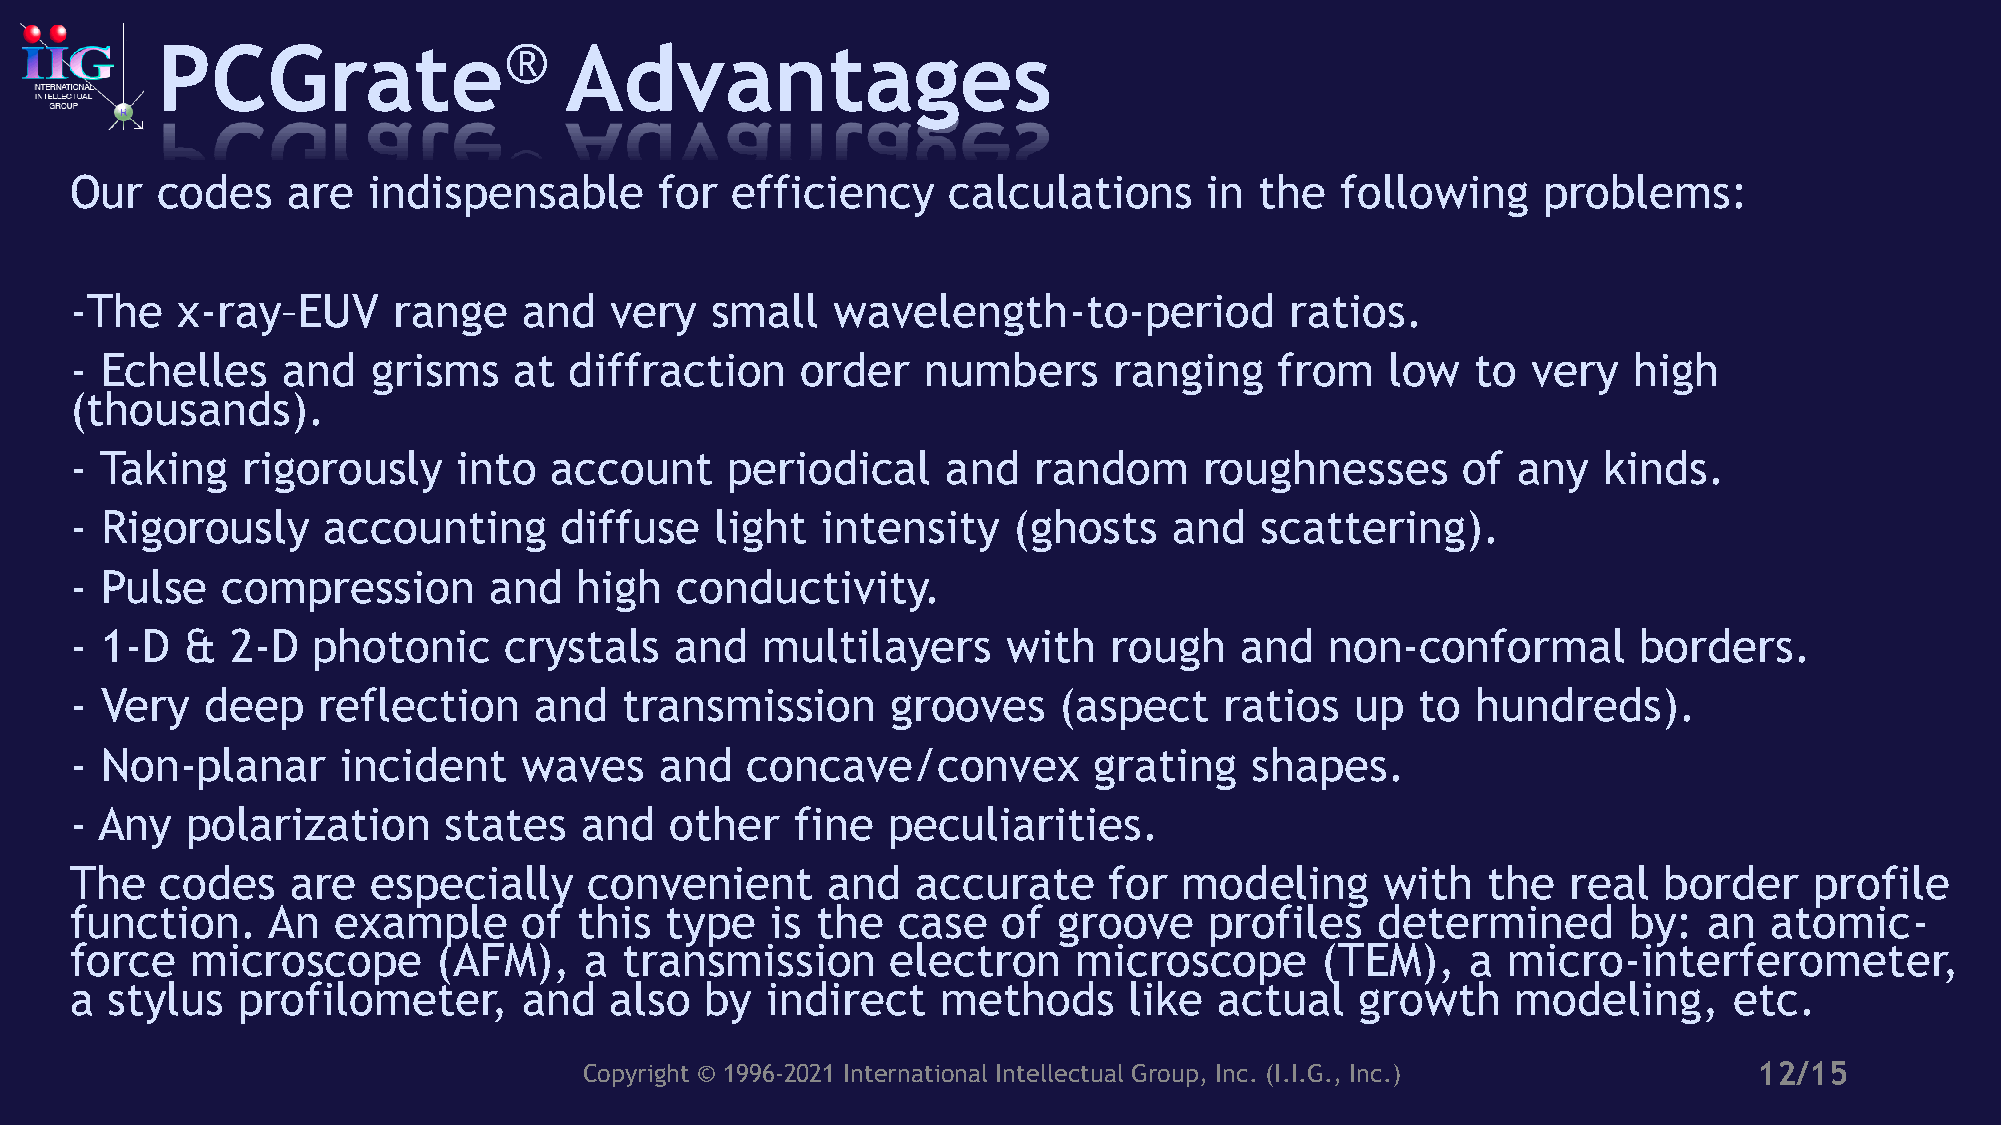
PCGrate®                   Advantages
 Our  codes    are  indispensable       for efficiency     calculations     in the   following    problems:
 -The   x-ray–EUV     range    and  very   small   wavelength-to-period          ratios.
 - Echelles    and   grisms   at  diffraction    order   numbers      ranging    from   low   to very   high
 (thousands).
 - Taking   rigorously    into  account     periodical     and  random      roughnesses      of any   kinds.
 - Rigorously    accounting      diffuse   light  intensity    (ghosts    and  scattering).
 - Pulse   compression      and   high   conductivity.
 - 1-D  &  2-D   photonic    crystals    and   multilayers     with  rough    and   non-conformal        borders.
 - Very  deep    reflection    and   transmission      grooves    (aspect    ratios   up  to  hundreds).
 - Non-planar      incident   waves     and  concave/convex         grating    shapes.
 - Any  polarization     states   and   other    fine  peculiarities.
 The   codes   are   especially    convenient      and   accurate    for  modeling      with  the   real  border    profile
 function.    An  example      of this  type   is the  case   of  groove    profiles   determined       by:  an  atomic-
 force   microscope      (AFM),    a transmission      electron    microscope      (TEM),    a  micro-interferometer,
 a stylus   profilometer,      and  also   by  indirect   methods      like  actual   growth    modeling,      etc.
 Copyright © 1996-2021 International Intellectual Group, Inc. (I.I.G., Inc.)  12/15